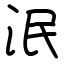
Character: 泯